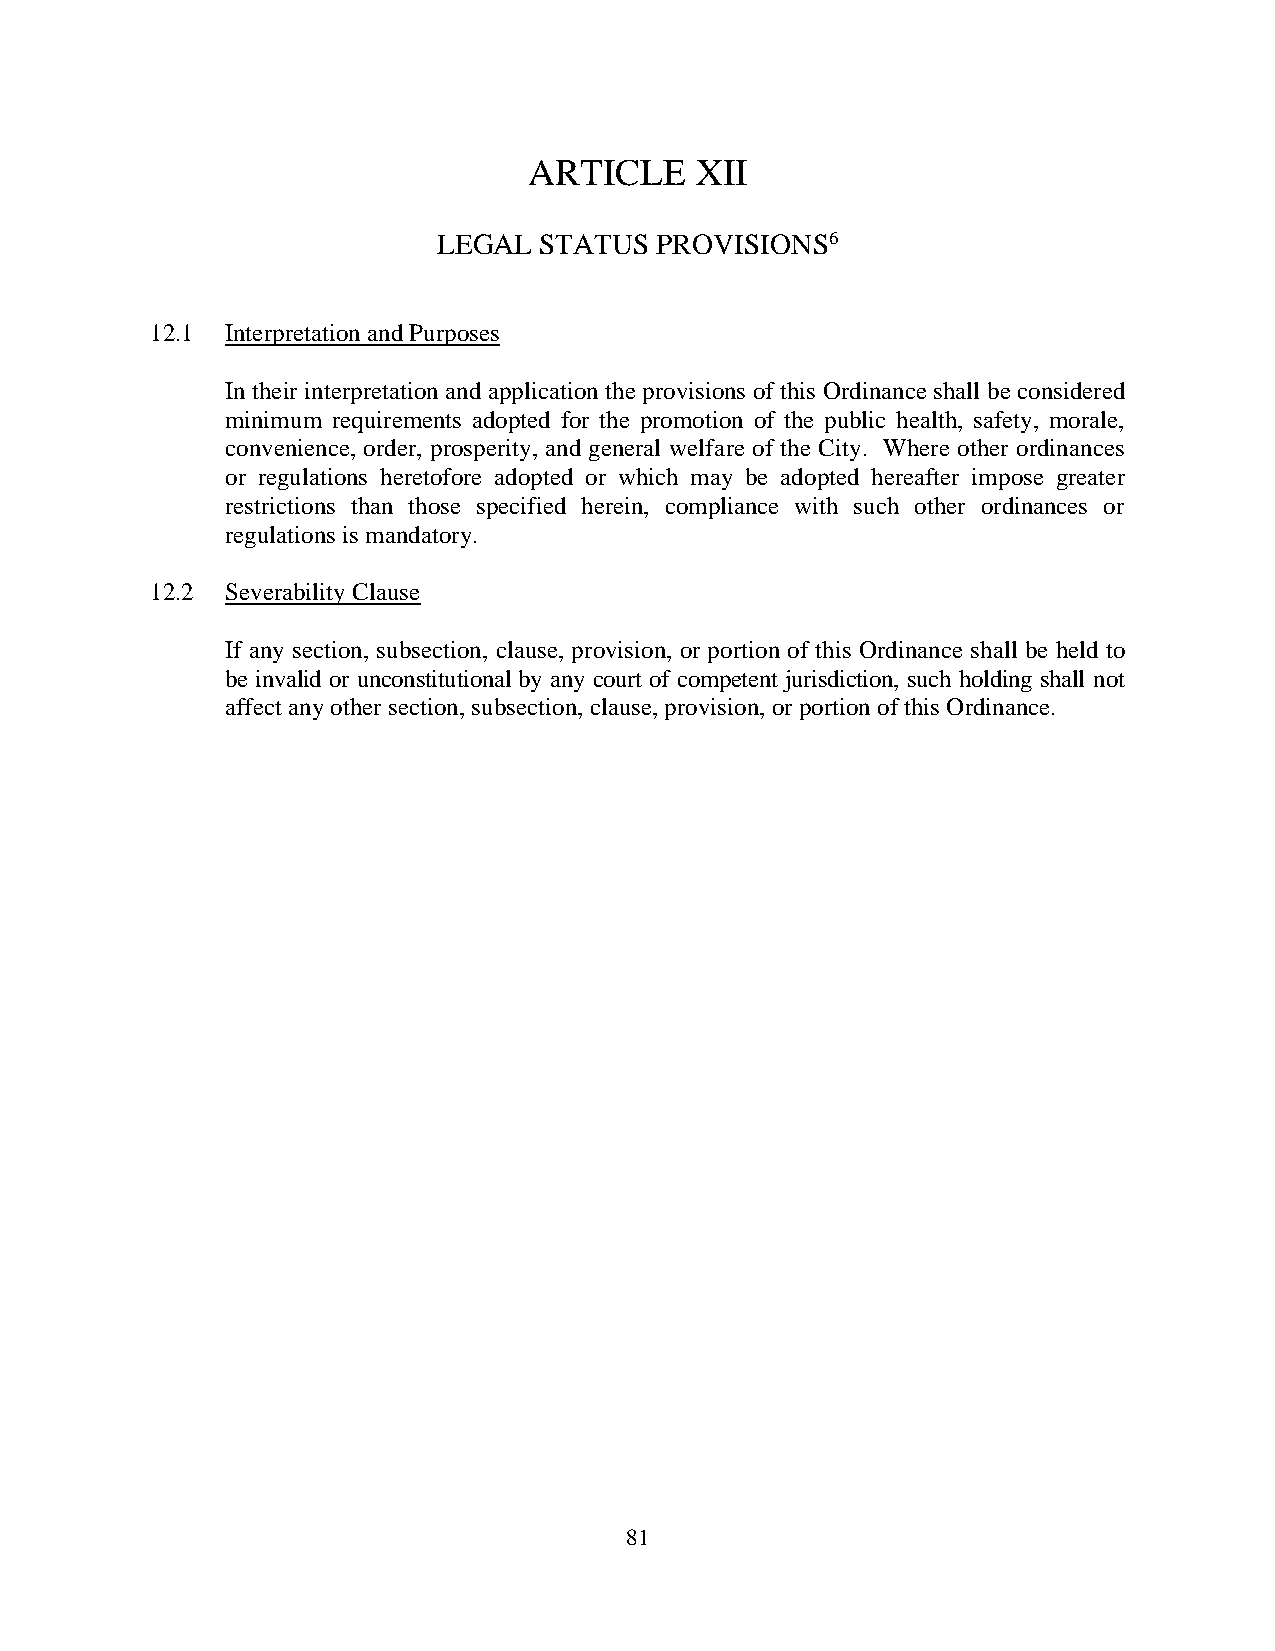
ARTICLE    XII
 LEGAL  STATUS  PROVISIONS6
 12.1 Interpretation and Purposes
 In their interpretation and application the provisions of this Ordinance shall be considered
 minimum requirements adopted for the promotion of the public health, safety, morale,
 convenience, order, prosperity, and general welfare of the City. Where other ordinances
 or regulations heretofore adopted or which may be adopted hereafter impose greater
 restrictions than those specified herein, compliance with such other ordinances or
 regulations is mandatory.
 12.2 Severability Clause
 If any section, subsection, clause, provision, or portion of this Ordinance shall be held to
 be invalid or unconstitutional by any court of competent jurisdiction, such holding shall not
 affect any other section, subsection, clause, provision, or portion of this Ordinance.
 8 1